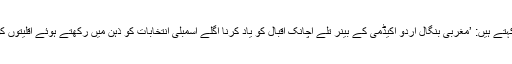
سیاسی تجزیہ نگار سونند گھوش کہتے ہیں: ’مغربی بنگال اردو اکیڈمی کے بینر تلے اچانک اقبال کو یاد کرنا اگلے اسمبلی انتخابات کو ذہن میں رکھتے ہوئے اقلیتوں کو لبھانے کی کوشش ہو سکتی ہے۔